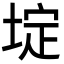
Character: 埞